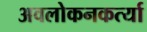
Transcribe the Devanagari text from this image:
अवलोकनकर्त्या